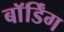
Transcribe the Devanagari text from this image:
बाॅर्डिंग